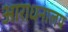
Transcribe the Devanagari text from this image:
आराधनालय